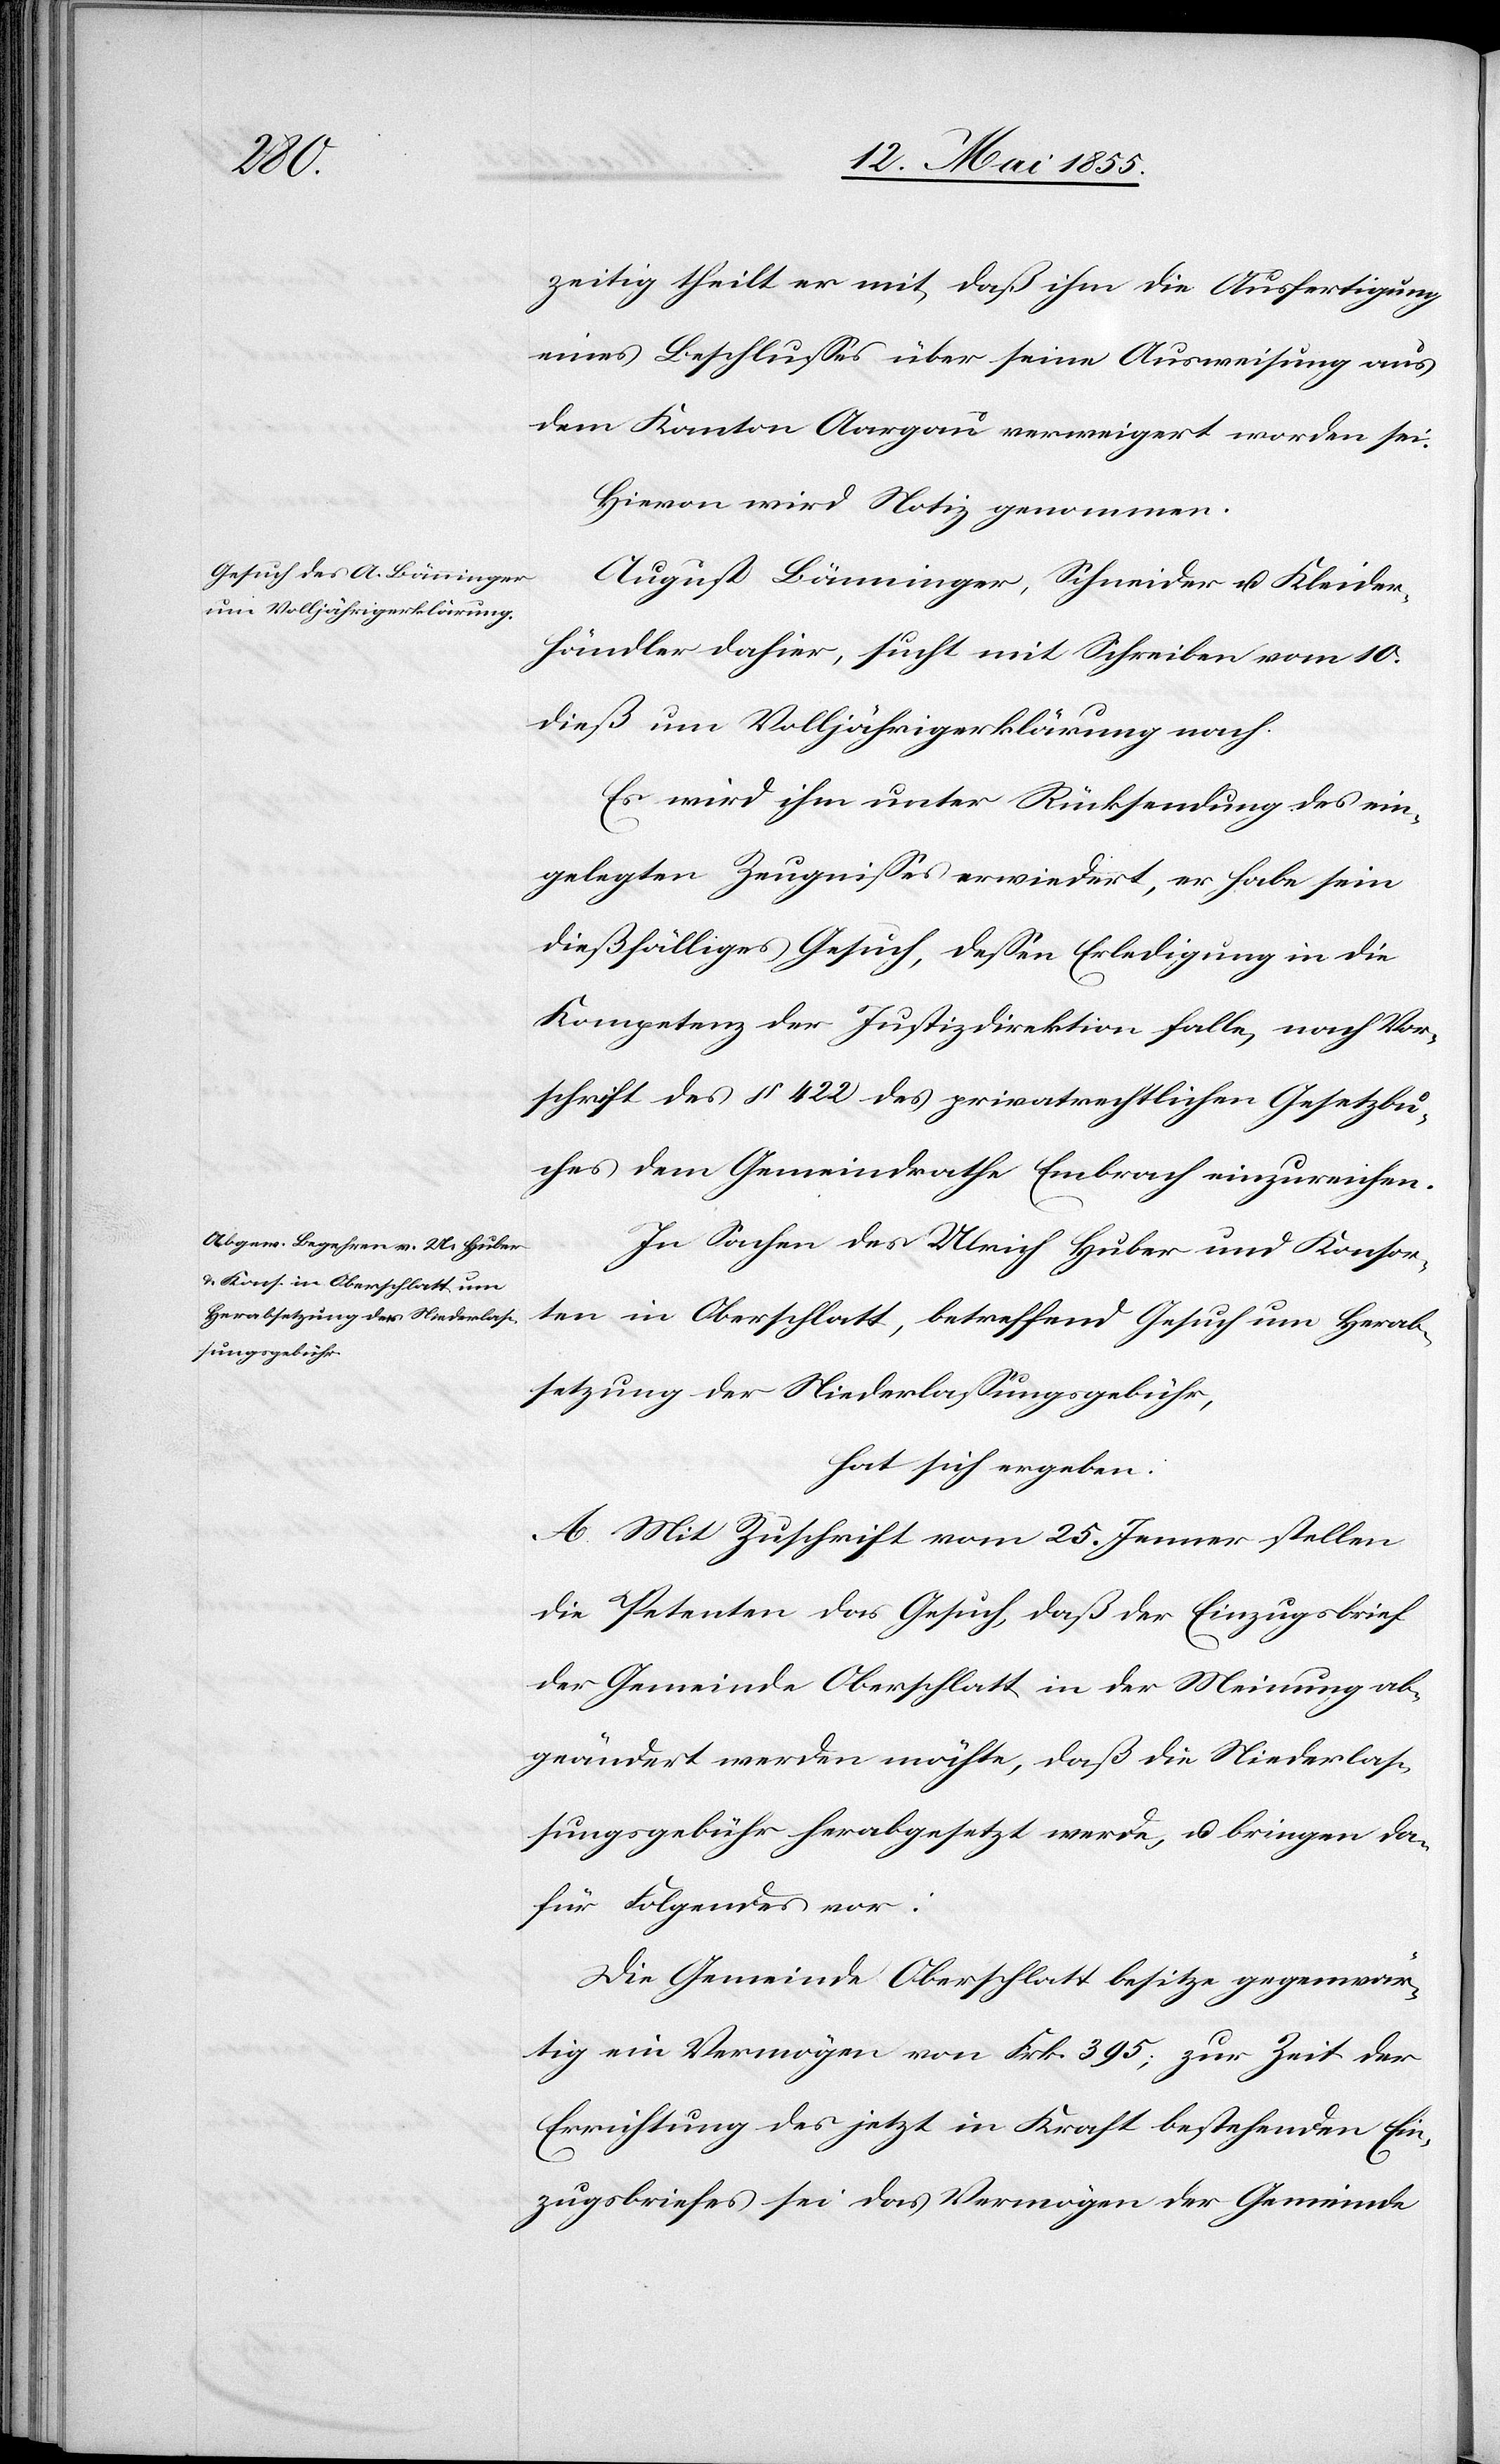
zeitig theilt er mit, daß ihm die Ausfertigung
eines Beschlusses über seine Ausweisung aus
dem Kanton Aargau verweigert worden sei.
Hievon wird Notiz genommen.
August Bänninger, Schneider u. Kleider¬
händler dahier, sucht mit Schreiben vom 10.
dieß um Volljährigerklärung nach.
Es wird ihm unter Rücksendung des ein¬
gelegten Zeugnisses erwiedert, er habe sein
dießfälliges Gesuch, dessen Erledigung in die
Kompetenz der Justizdirektion falle, nach Vor¬
schrift des § 422 des privatrechtlichen Gesetzbu¬
ches dem Gemeindrathe Embrach einzureichen.
In Sachen des Ulrich Huber und Konsor¬
ten in Oberschlatt, betreffend Gesuch um Herab¬
setzung der Niederlassungsgebühr,
hat sich ergeben:
A. Mit Zuschrift vom 25. Jenner stellen
die Petenten das Gesuch, daß der Einzugsbrief
der Gemeinde Oberschlatt in der Meinung ab¬
geändert werden möchte, daß die Niederlas¬
sungsgebühr herabgesetzt werde, u. bringen da¬
für Folgendes vor:
Die Gemeinde Oberschlatt besitze gegenwär¬
tig ein Vermögen von Frk. 395; zur Zeit der
Errichtung des jetzt in Kraft bestehenden Ein¬
zugsbriefes sei das Vermögen der Gemeinde